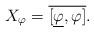
LaTeX: \begin{align*}X_\varphi=\overline{[\underline{\varphi},\varphi]}.\end{align*}